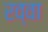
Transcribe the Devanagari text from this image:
रव्वा